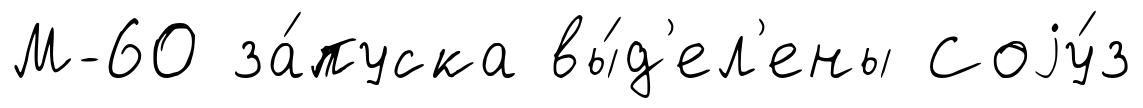
М-60 за́пуска вы́д'ел'ены Соjу́з